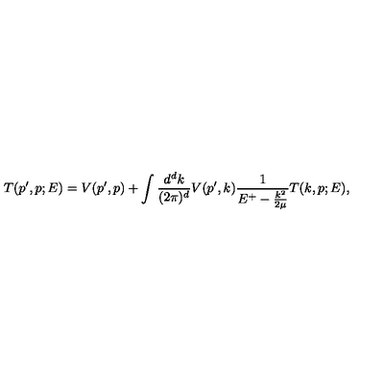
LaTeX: T ( p ^ { \prime } , p ; E ) = V ( p ^ { \prime } , p ) + \int \frac { d ^ { d } k } { ( 2 \pi ) ^ { d } } V ( p ^ { \prime } , k ) \frac { 1 } { E ^ { + } - \frac { k ^ { 2 } } { 2 \mu } } T ( k , p ; E ) ,